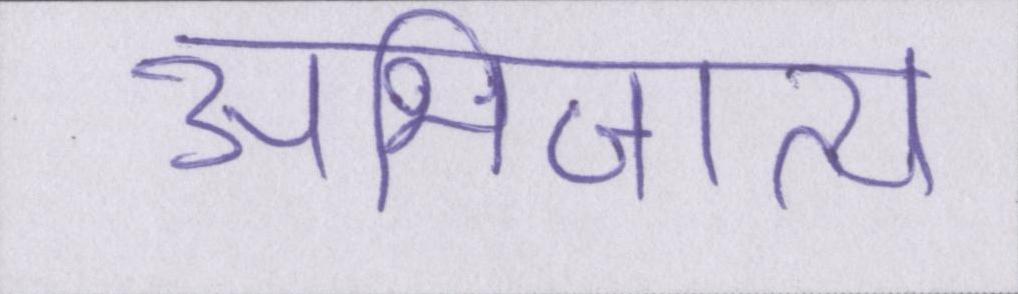
अभिजात्य